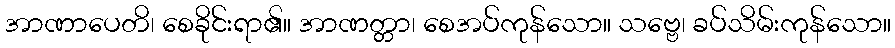
အာဏာပေတိ၊ စေခိုင်းရာ၏။ အာဏတ္တာ၊ စေအပ်ကုန်သော။ သဗ္ဗေ၊ ခပ်သိမ်းကုန်သော။